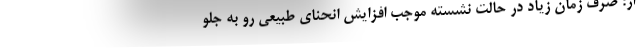
از: صرف زمان زیاد در حالت نشسته موجب افزایش انحنای طبیعی رو به جلو